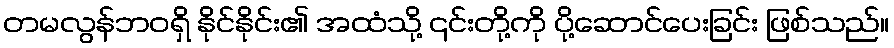
တမလွန်ဘဝရှိ နိုင်နိုင်း၏ အထံသို့ ၎င်းတို့ကို ပို့ဆောင်ပေးခြင်း ဖြစ်သည်။